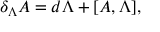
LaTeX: \delta _ { \Lambda } A = d \Lambda + [ A , \Lambda ] ,